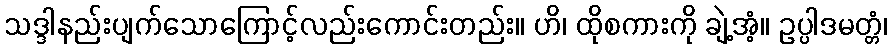
သဒ္ဒါနည်းပျက်သောကြောင့်လည်းကောင်းတည်း။ ဟိ၊ ထိုစကားကို ချဲ့အံ့။ ဥပ္ပါဒမတ္တံ၊